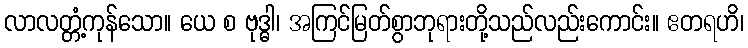
လာလတ္တံ့ကုန်သော။ ယေ စ ဗုဒ္ဓါ၊ အကြင်မြတ်စွာဘုရားတို့သည်လည်းကောင်း။ ဧတရဟိ၊